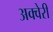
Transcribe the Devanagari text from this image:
अक्वेरी